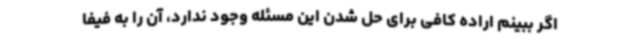
اگر ببینم اراده کافی برای حل شدن این مسئله وجود ندارد، آن را به فیفا